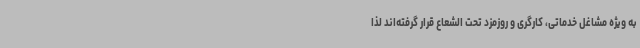
به ویژه مشاغل خدماتی، کارگری و روزمزد تحت الشعاع قرار گرفته‌اند لذا